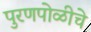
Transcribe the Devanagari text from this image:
पुरणपोळीचे